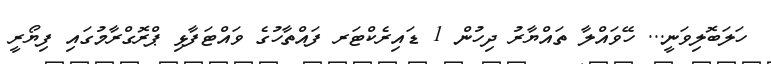
ހަލަބޮލިވަނީ... ހޭވައްލާ ތައްޔާރު ދިހުން 1 ޑައިރެކްޓަރ ފައްތާހުގެ ވައްޓަފާޅި ޕްރޮގްރާމުގައި ފިޔޯރީ